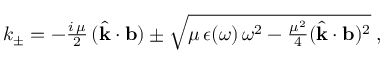
\begin{array} { r } { k _ { \pm } = - \frac { i \, \mu } { 2 } \, ( \hat { { \bf k } } \cdot { \bf b } ) \pm \sqrt { \mu \, \epsilon ( \omega ) \, \omega ^ { 2 } - \frac { \mu ^ { 2 } } { 4 } ( \hat { { \bf k } } \cdot { \bf b } ) ^ { 2 } } \; , } \end{array}